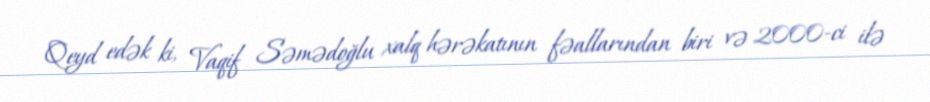
Qeyd edək ki, Vaqif Səmədoğlu xalq hərəkatının fəallarından biri və 2000-ci ilə